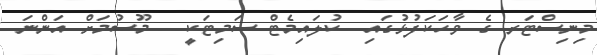
މިނިސްޓަރ ގެ ވާހަކަފުޅުގައި  ކުލައިމެޓް ސަމިޓަކީ   މޫސުމަށް އަންނަ